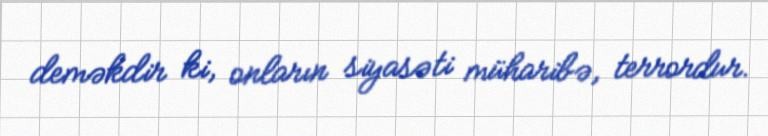
deməkdir ki, onların siyasəti müharibə, terrordur.